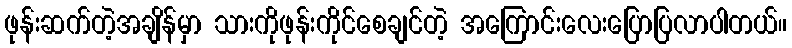
ဖုန်းဆက်တဲ့အချိန်မှာ သားကိုဖုန်းကိုင်စေချင်တဲ့ အကြောင်းလေးပြောပြလာပါတယ်။